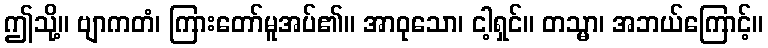
ဤသို့။ ဗျာကတံ၊ ကြားတော်မူအပ်၏။ အာဝုသော၊ ငါ့ရှင်။ တသ္မာ၊ အဘယ်ကြောင့်။